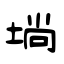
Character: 埫